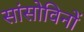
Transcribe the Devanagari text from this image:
सांसोविनों